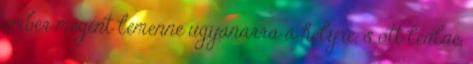
ember megint lemenne ugyanarra a helyre, s ott leülne,